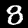
Label: 8